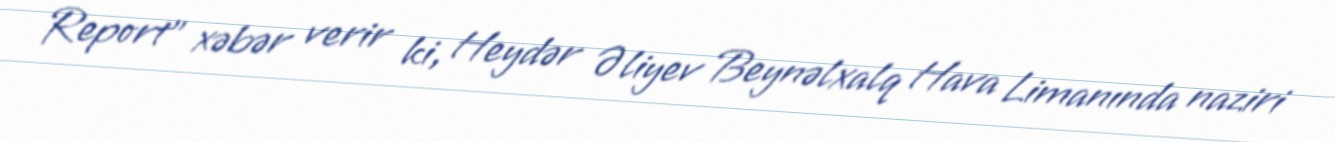
Report" xəbər verir ki, Heydər Əliyev Beynəlxalq Hava Limanında naziri